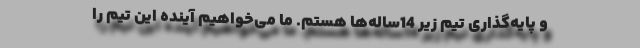
و پایه‌گذاری تیم زیر 14ساله‌ها هستم. ما می‌خواهیم آینده این تیم را